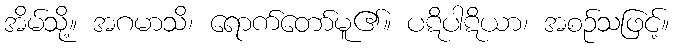
အိမ်သို့။ အဂမာသိ၊ ရောက်တော်မူ၏။ ပဋိပါဋိယာ၊ အစဉ်သဖြင့်။